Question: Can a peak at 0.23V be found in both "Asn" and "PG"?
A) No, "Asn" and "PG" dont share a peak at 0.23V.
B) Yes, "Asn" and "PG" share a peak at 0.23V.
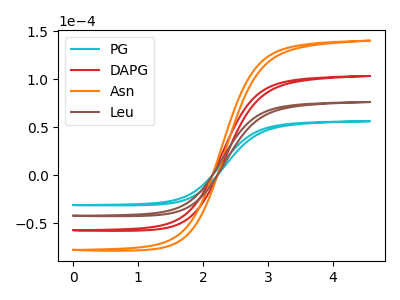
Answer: <think>The cyan curve "PG" has no peaks. The red curve "DAPG" has no peaks. The orange curve "Asn" has no peaks. The brown curve "Leu" has no peaks.</think>
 <answer>A) No, "Asn" and "PG" dont share a peak at 0.23V.</answer>
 <eval>A</eval>